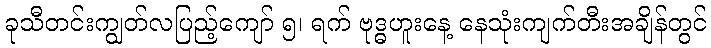
ခုသီတင်းကျွတ်လပြည့်ကျော် ၅၊ ရက် ဗုဒ္ဓဟူးနေ့ နေသုံးကျက်တီးအချိန်တွင်